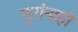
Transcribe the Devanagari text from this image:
गुरांनाही